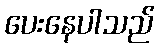
ပေးနေပါသည်